Language: tamil
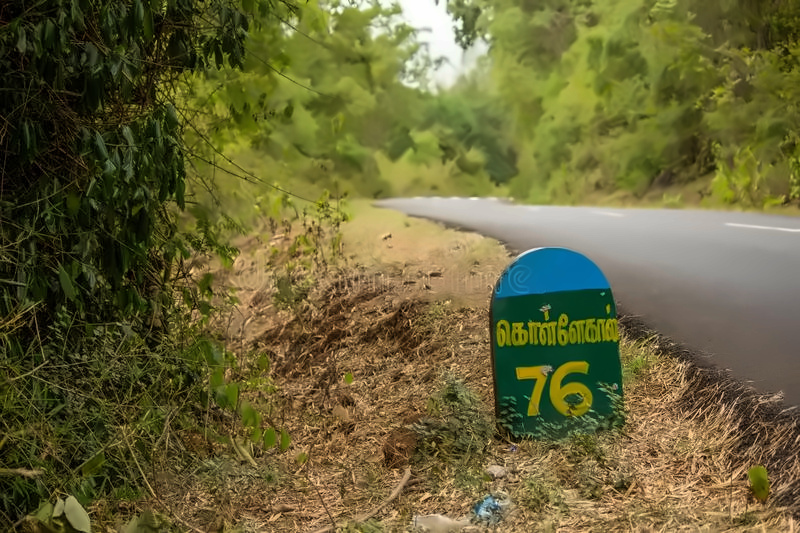
Transcription: கொள்ளேகால்